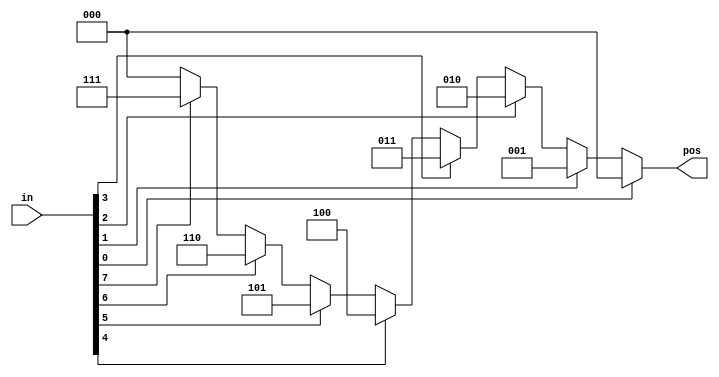
// Exercise 2-4-7: Priority Encoder with Casez
module PriorEncodeCasez (
    input [7:0] in,
    output reg [2:0] pos
);
    always @(*) begin
        casez (in)
            8'bzzzzzzz1 : pos = 3'h0;
            8'bzzzzzz1z : pos = 3'h1;
            8'bzzzzz1zz : pos = 3'h2;
            8'bzzzz1zzz : pos = 3'h3;
            8'bzzz1zzzz : pos = 3'h4;
            8'bzz1zzzzz : pos = 3'h5;
            8'bz1zzzzzz : pos = 3'h6;
            8'b1zzzzzzz : pos = 3'h7;
            default     : pos = 3'h0;
        endcase
    end
endmodule